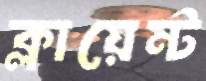
ক্লায়েন্ট